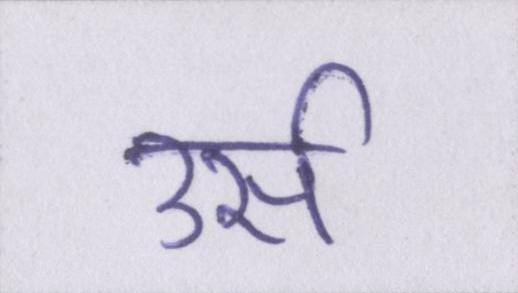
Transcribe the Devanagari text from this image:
उर्स